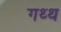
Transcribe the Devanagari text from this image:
गथ्थ